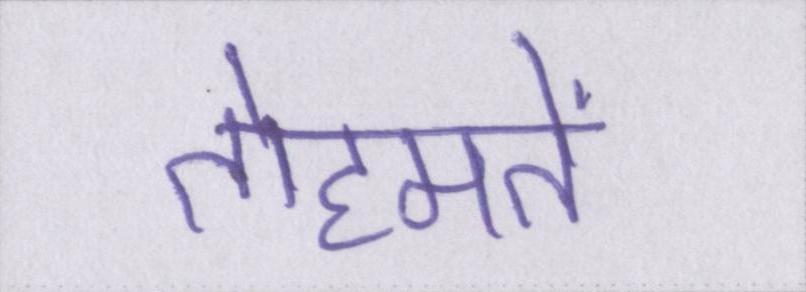
तोहमतें